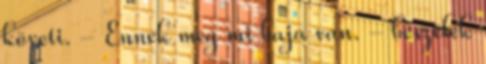
követi. - Ennek meg mi baja van. - beszélek